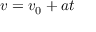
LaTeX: v = v _ { 0 } + a t